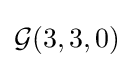
{\mathcal {G}}(3,3,0)